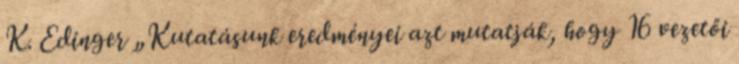
K. Edinger „Kutatásunk eredményei azt mutatják, hogy 16 vezetői